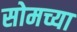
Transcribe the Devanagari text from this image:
सोमच्या